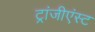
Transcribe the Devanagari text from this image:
ट्रांजीएंस्ट